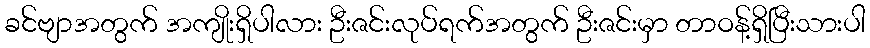
ခင်ဗျာအတွက် အကျိုးရှိပါလား ဦးဇင်းလုပ်ရက်အတွက် ဦးဇင်းမှာ တာဝန့်ရှိပြီးသားပါ